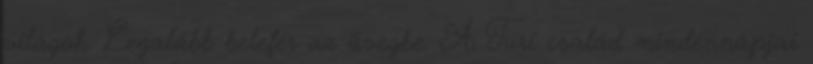
világok. Legalább belefér az üvegbe. A Turi család mindennapjai